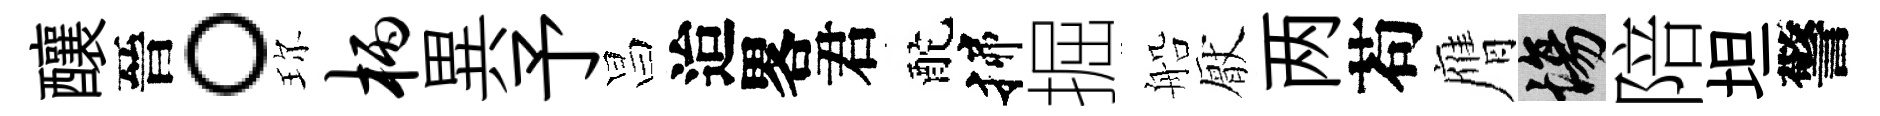
釀晉。珎柄異予昌迨畧君酡揲掘船厭两苟膺場陪坦警